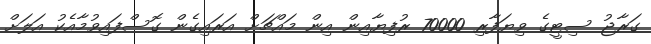
ގަރާޖު ސިޓީގެ ވިޔަފާރި 70000 ރުފިޔާއިން އިން މައްޗަށް އަރައިގެން ގޮސްފައިވުމާއެކު އަލަަށް